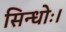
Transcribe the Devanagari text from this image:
सिन्धोः।